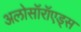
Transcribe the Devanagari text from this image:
अलोसॉरॉएड्स